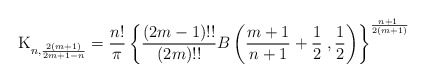
\begin{align*} {\rm K}_{n, {2(m+1)\over 2m+1-n}}={n! \over \pi} \left \{ {(2m-1)!!\over (2m)!!}B \left ({m+1 \over n+1}+{1\over 2}\;, {1\over 2} \right )\right \}^{ \!\! n+1 \over 2(m+1)}\end{align*}